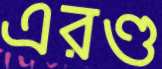
এরণ্ড